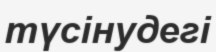
түсінудегі